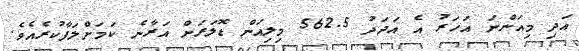
އަދި މިއަންނަ އަހަރު އެ އަދަދު 562.5 މިލިއަން ޑޮލަރަށް އަރާނެ ކަމަށްލަފާކުރެއެވެ.